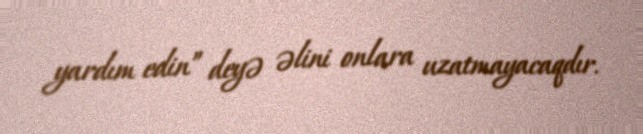
yardım edin” deyə əlini onlara uzatmayacaqdır.